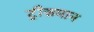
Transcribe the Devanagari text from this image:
ट्रीज़मान